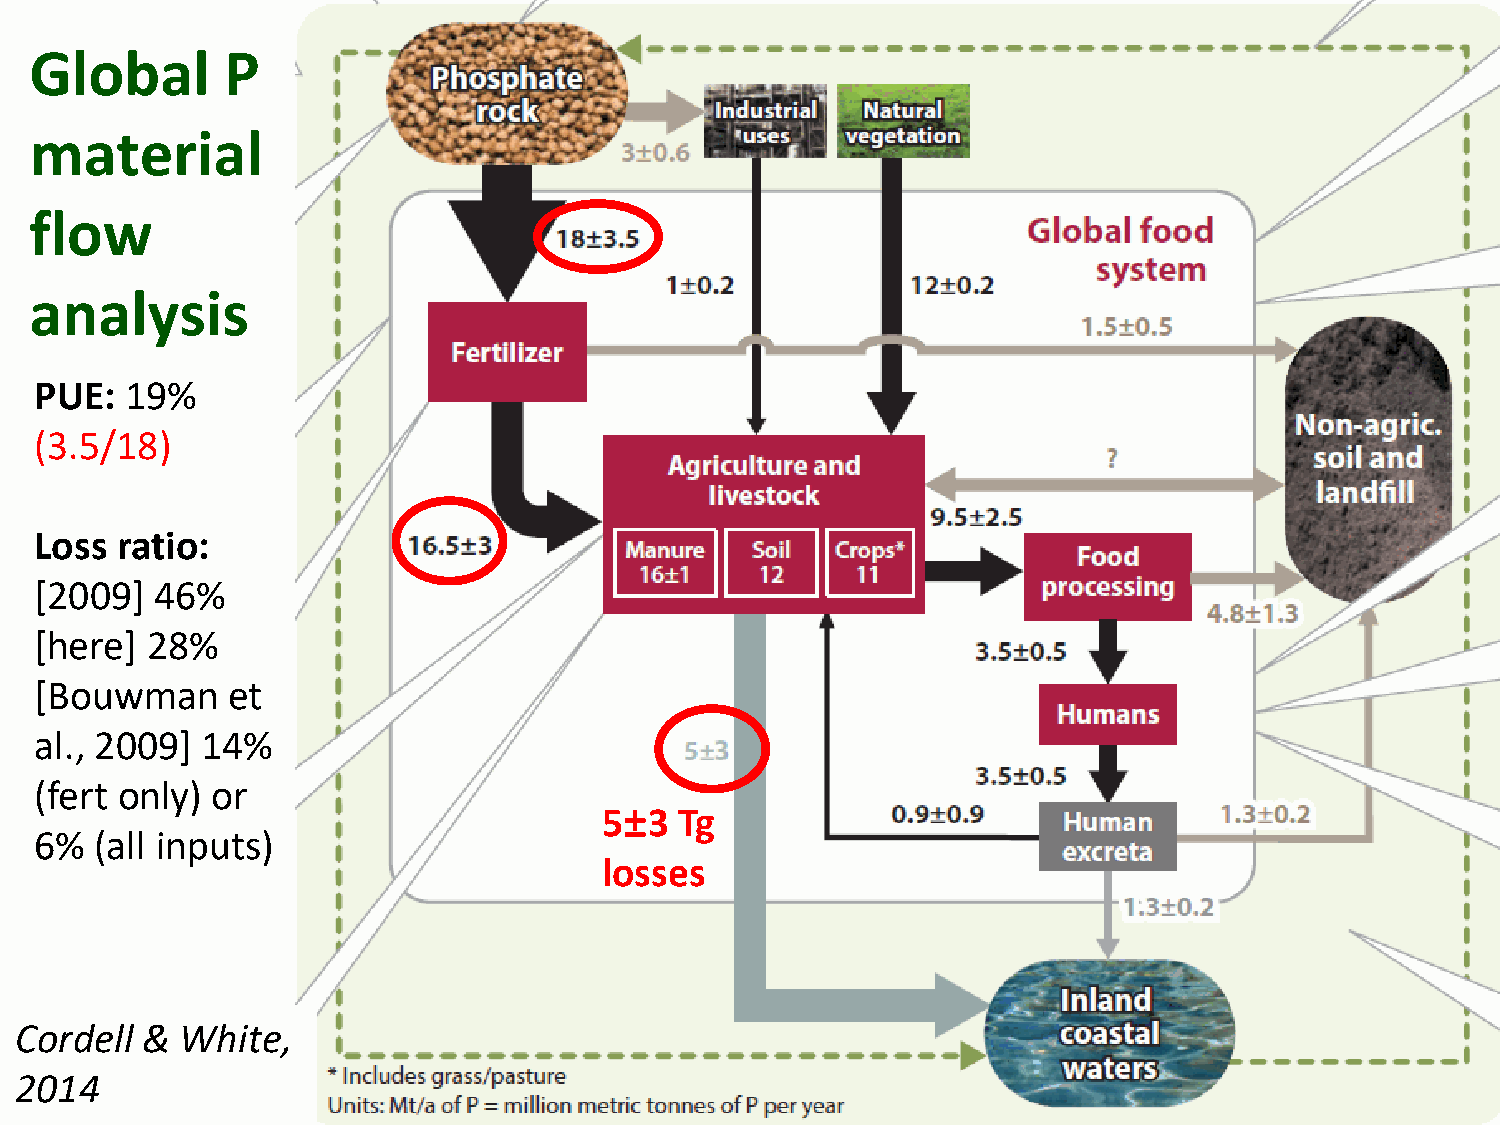
Global       P
 material
 flow
 analysis
 PUE:  19%
 (3.5/18)
 Loss  ratio:
 [2009]  46%
 [here]  28%
 [Bouwman     et
 al., 2009] 14%
 (fert only) or
 5±3  Tg
 6%  (all inputs)
 losses
 Cordell &  White,
 2014